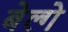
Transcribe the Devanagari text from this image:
बेल्गे